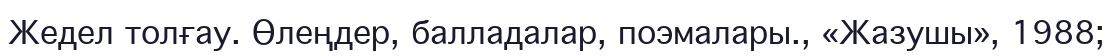
Жедел толғау. Өлеңдер, балладалар, поэмалары., «Жазушы», 1988;